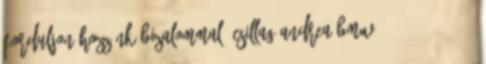
forduljon hozzánk bizalommal:CSillag Andrea BMW 36-20 512-2075,